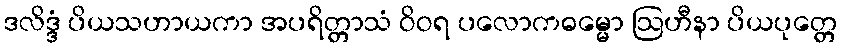
ဒလိဒ္ဒံ ပိယသဟာယကာ အပရိတ္တာသံ ဝိဝရ ပလောကဓမ္မော ဩဟီနာ ပိယပုတ္တေ